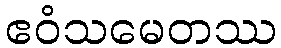
ဧဝံသမေတဿ